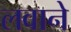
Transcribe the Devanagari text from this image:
लवाने